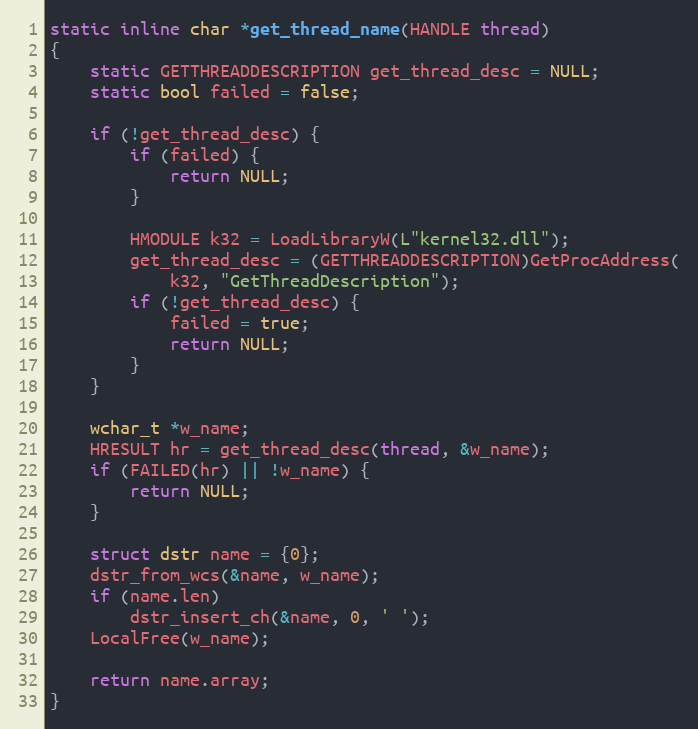
Language: C
static inline char *get_thread_name(HANDLE thread)
{
	static GETTHREADDESCRIPTION get_thread_desc = NULL;
	static bool failed = false;

	if (!get_thread_desc) {
		if (failed) {
			return NULL;
		}

		HMODULE k32 = LoadLibraryW(L"kernel32.dll");
		get_thread_desc = (GETTHREADDESCRIPTION)GetProcAddress(
			k32, "GetThreadDescription");
		if (!get_thread_desc) {
			failed = true;
			return NULL;
		}
	}

	wchar_t *w_name;
	HRESULT hr = get_thread_desc(thread, &w_name);
	if (FAILED(hr) || !w_name) {
		return NULL;
	}

	struct dstr name = {0};
	dstr_from_wcs(&name, w_name);
	if (name.len)
		dstr_insert_ch(&name, 0, ' ');
	LocalFree(w_name);

	return name.array;
}